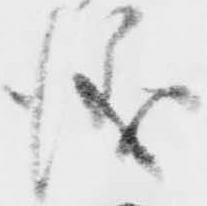
儀